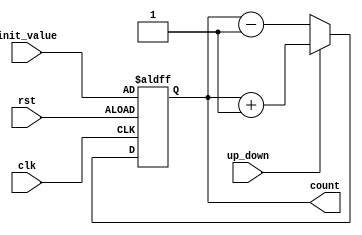
module UpDownCounter (
    input rst, // Reset signal
    input clk, // Clock signal
    input up_down, // Up/Down control signal
    input [7:0] init_value, // Initial count value
    output reg [7:0] count // Output count value
);

reg [7:0] state_reg; // State register

always @(posedge clk or posedge rst) begin
    if (rst) begin
        state_reg <= init_value;
    end else begin
        if (up_down) begin
            state_reg <= state_reg + 1;
        end else begin
            state_reg <= state_reg - 1;
        end
    end
end

assign count = state_reg;

endmodule